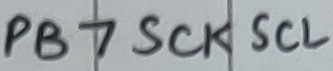
Text: PB7SCKSCL